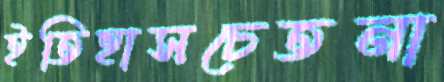
ইতিহাসচেতনা